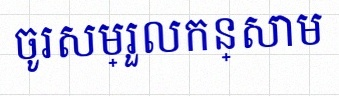
ចូរសម្រួលកន្សោម